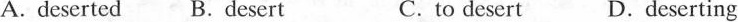
A.deserted B.desert C.to desert D.deserting